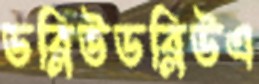
ডব্লিউডব্লিউএ